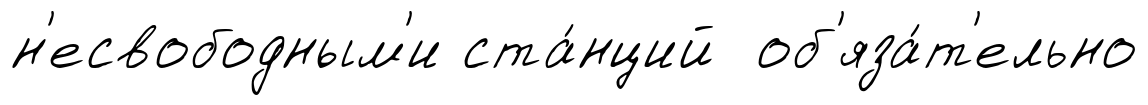
н'есвободным'и ста́нций об'яза́т'ельно